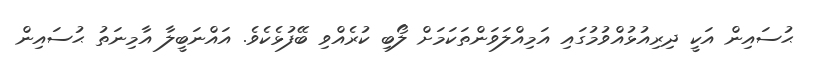
ޙުސައިން އަކީ ދިރިއުޅުއްވުމުގައި އަމިއްލަވަންތަކަމަށް ލޯބި ކުރެއްވި ބޭފުޅެކެވެ. އައްނަބީލާ އާމިނަތު ޙުސައިން